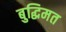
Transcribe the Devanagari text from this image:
बुद्धिमत